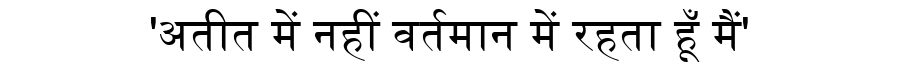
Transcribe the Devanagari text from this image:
'अतीत में नहीं वर्तमान में रहता हूँ मैं'